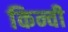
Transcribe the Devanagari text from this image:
किन्ची